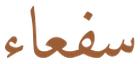
سفعاء